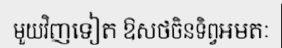
មួយវិញទៀត ឱសថចិនទិព្វអមតៈ